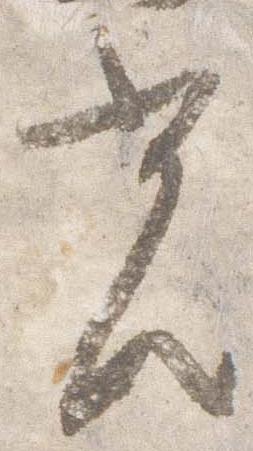
光